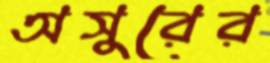
অসুরের